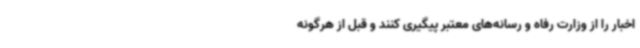
اخبار را از وزارت رفاه و رسانه‌های معتبر پیگیری کنند و قبل از هرگونه